Report on sanitation, dispensaries, and jails in Rajputana for 1919, and on vaccination for the year 1919-1920 - 1919-1920
Year: 1919
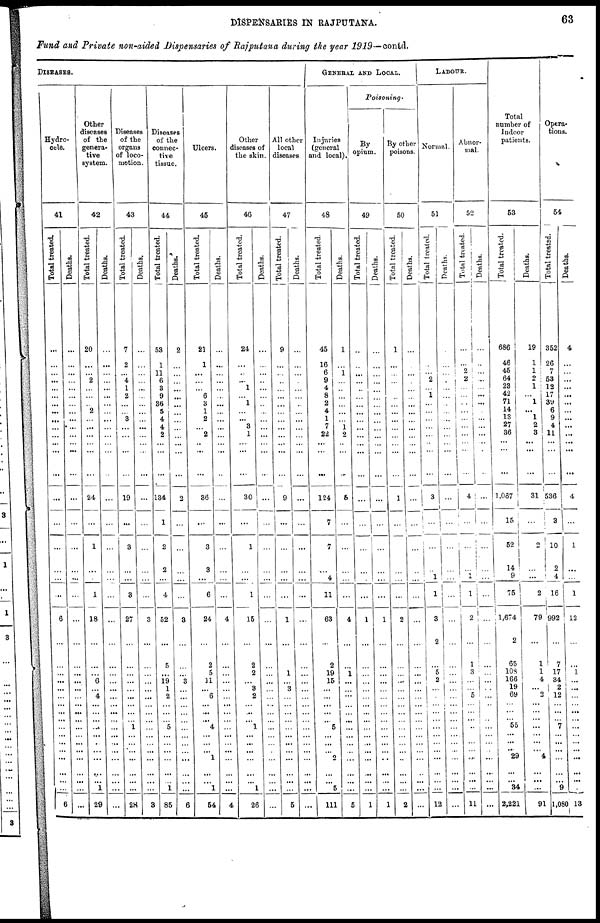
DISPENSARIES IN RAJPUTANA.
63
Fund and Private non-aided Dispensaries of Rajputana during the year 1919—contd.
DISEASES.
Hydro-
cele.
41
Total treated.
...
...
...
...
...
...
...
...
...
...
...
...
...
...
...
...
...
...
...
...
6
...
...
...
...
...
...
...
...
...
...
...
...
...
...
...
...
...
6
Deaths.
...
...
...
...
...
...
...
...
...
...
...
...
...
...
...
...
...
...
...
...
...
...
...
...
...
...
...
...
...
...
...
...
...
...
...
...
...
...
...
Other
diseases
of the
genera-
tive
system.
42
Total treated.
20
...
...
2
...
...
...
2
...
...
...
...
...
...
24
...
1
...
...
1
18
...
...
...
6
...
4
...
...
...
...
...
...
...
...
...
...
1
29
Deaths.
...
...
...
...
...
...
...
...
...
...
...
...
...
...
...
...
...
...
...
...
...
...
...
...
...
...
...
...
...
...
...
...
...
...
...
...
...
...
...
Diseases
of the
organs
of loco-
motion.
43
Total treated.
7
2
...
4
1
2
...
...
3
...
...
...
...
...
19
...
3
...
...
3
27
...
...
...
...
...
...
...
...
... 1
...
...
...
...
...
...
...
28
Deaths.
...
...
...
...
...
...
...
...
...
...
...
...
...
...
...
...
...
...
...
...
3
...
...
...
...
...
...
...
...
...
...
...
...
...
...
...
...
...
3
Diseases
of the
connec-
tive
tissue.
44
Total treated.
53
1
11
6
3
9
36
5
4
4
2
...
...
...
134
1
2
2
...
4
52
...
5
...
19
1
2
...
...
... 5
...
...
...
...
...
... 1
85
Deaths.
2
...
...
...
...
...
...
...
...
...
...
...
...
...
2
...
...
...
...
...
3
...
...
...
3
...
...
...
...
...
...
...
...
...
...
...
...
...
6
Ulcers.
45
Total treated.
21
1
...
...
... 6
3
1
2
...
2
...
...
...
36
...
3
3
...
6
24
...
2
5
11
...
6
...
...
... 4
...
...
...
1
...
... 1
54
Deaths.
...
...
...
...
...
...
...
...
...
...
...
...
...
...
...
...
...
...
...
...
4
...
...
...
...
...
...
...
...
...
...
...
...
...
...
...
...
...
4
Other
diseases of
the skin.
46
Total treated.
24
...
...
...
1
...
1
...
...
3
1
...
...
...
30
...
1
...
...
1
15
...
2
2
...
3
2
...
...
... 1
... ...
...
...
...
... 1
26
Deaths.
...
...
...
...
...
...
...
...
...
...
...
...
...
...
...
...
...
...
...
...
...
...
...
...
...
...
...
...
...
...
...
...
...
...
...
...
... ...
...
All other
local
diseases.
47
Total treated.
9
...
...
...
...
...
...
...
...
...
...
...
...
...
9
...
...
...
...
...
1
...
...
1
...
3
...
...
...
...
...
... ...
...
...
...
...
...
5
Deaths.
...
...
...
...
...
...
...
...
...
...
...
...
...
...
...
...
...
...
...
...
...
...
...
...
...
...
...
...
...
...
...
...
...
...
...
...
...
...
...
GENERAL AND LOCAL.
Injuries
(general
and local).
48
Total treated.
45
16
6
9
4
8
2
4
1
7
22
...
...
...
124
7
7
...
4
11
63
...
2
19
15
...
...
...
...
... 5
...
...
...
2
...
... 5
111
Deaths.
1
...
1
...
...
...
...
...
...
1
2
...
...
...
5
...
...
...
...
...
4
...
...
1
...
...
...
...
...
...
...
...
...
...
...
...
...
...
5
Poisoning
By
opium.
49
Total treated.
...
...
...
...
...
...
...
...
...
...
...
...
...
...
...
...
...
...
...
...
1
...
...
...
...
...
...
...
...
...
...
... ...
...
...
...
...
...
1
Deaths.
...
...
...
...
...
...
...
...
...
...
...
...
...
...
...
...
...
...
...
...
1
...
...
...
...
...
...
...
...
...
...
... ...
...
...
...
... ...
1
By other
poisons.
50
Total treated.
1
...
...
...
...
...
...
...
...
...
...
...
...
...
1
...
...
...
...
...
2
...
...
...
...
...
...
...
...
...
...
...
...
...
...
...
...
...
2
Deaths.
...
...
...
...
...
...
...
...
...
...
...
...
...
...
...
...
...
...
...
...
...
...
...
...
...
...
...
...
...
...
...
...
...
...
...
...
...
...
...
LABOUR.
Normal.
51
Tot al t r eat ed.
...
...
...
2
... 1
...
...
...
...
...
...
...
...
3
...
...
...
1
1
3
2
...
5
2
...
...
...
...
...
...
...
... ...
...
...
... ...
12
Deat hs .
...
...
...
...
...
...
...
...
...
...
... ...
...
...
...
...
...
...
...
...
...
...
...
...
...
...
...
...
...
...
...
...
...
...
...
...
... ...
...
Abnor-
mal.
52
Tot al t r eat ed.
...
...
2
2
...
...
...
...
...
...
...
...
...
...
4
...
...
...
1
1
2
...
1
3
...
...
5
...
...
...
...
...
...
...
...
...
...
...
11
Deat hs .
...
...
...
...
...
...
...
...
...
...
...
...
...
...
...
...
...
...
...
...
...
...
...
...
...
...
...
...
...
...
...
...
...
...
...
...
...
...
Total
number of
Indoor
patients.
53
Total treated.
686
46
45
64
23
42
71
14
13
27
36
...
...
...
1,067
15
52
14
9
75
1,674
2
65
108
166
19
69
...
...
... 55
...
...
...
29
...
...
34
2,221
Deaths.
19
1
1
2
1
...
1
...
1
...
3
...
...
...
31
...
2
...
...
2
79
...
1
1
4
...
2
...
...
... ...
...
...
...
4
...
...
...
91
Opera¬
tions.
54
Total treated.
352
26
7
53
12
17
39
6
9
4
11
...
...
...
536
3
10
2
4
16
992
...
7
17
34
2
12
...
...
... 7
...
...
...
...
...
9
1,080
Deaths.
4
...
...
...
...
...
...
...
...
...
...
...
...
4
...
1
...
...
1
12
...
...
1
...
...
...
...
...
... ...
...
... ...
...
...
...
...
13